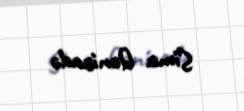
Sima Qənizadə